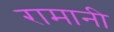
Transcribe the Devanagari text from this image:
रामानी